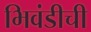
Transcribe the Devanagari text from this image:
भिवंडीची